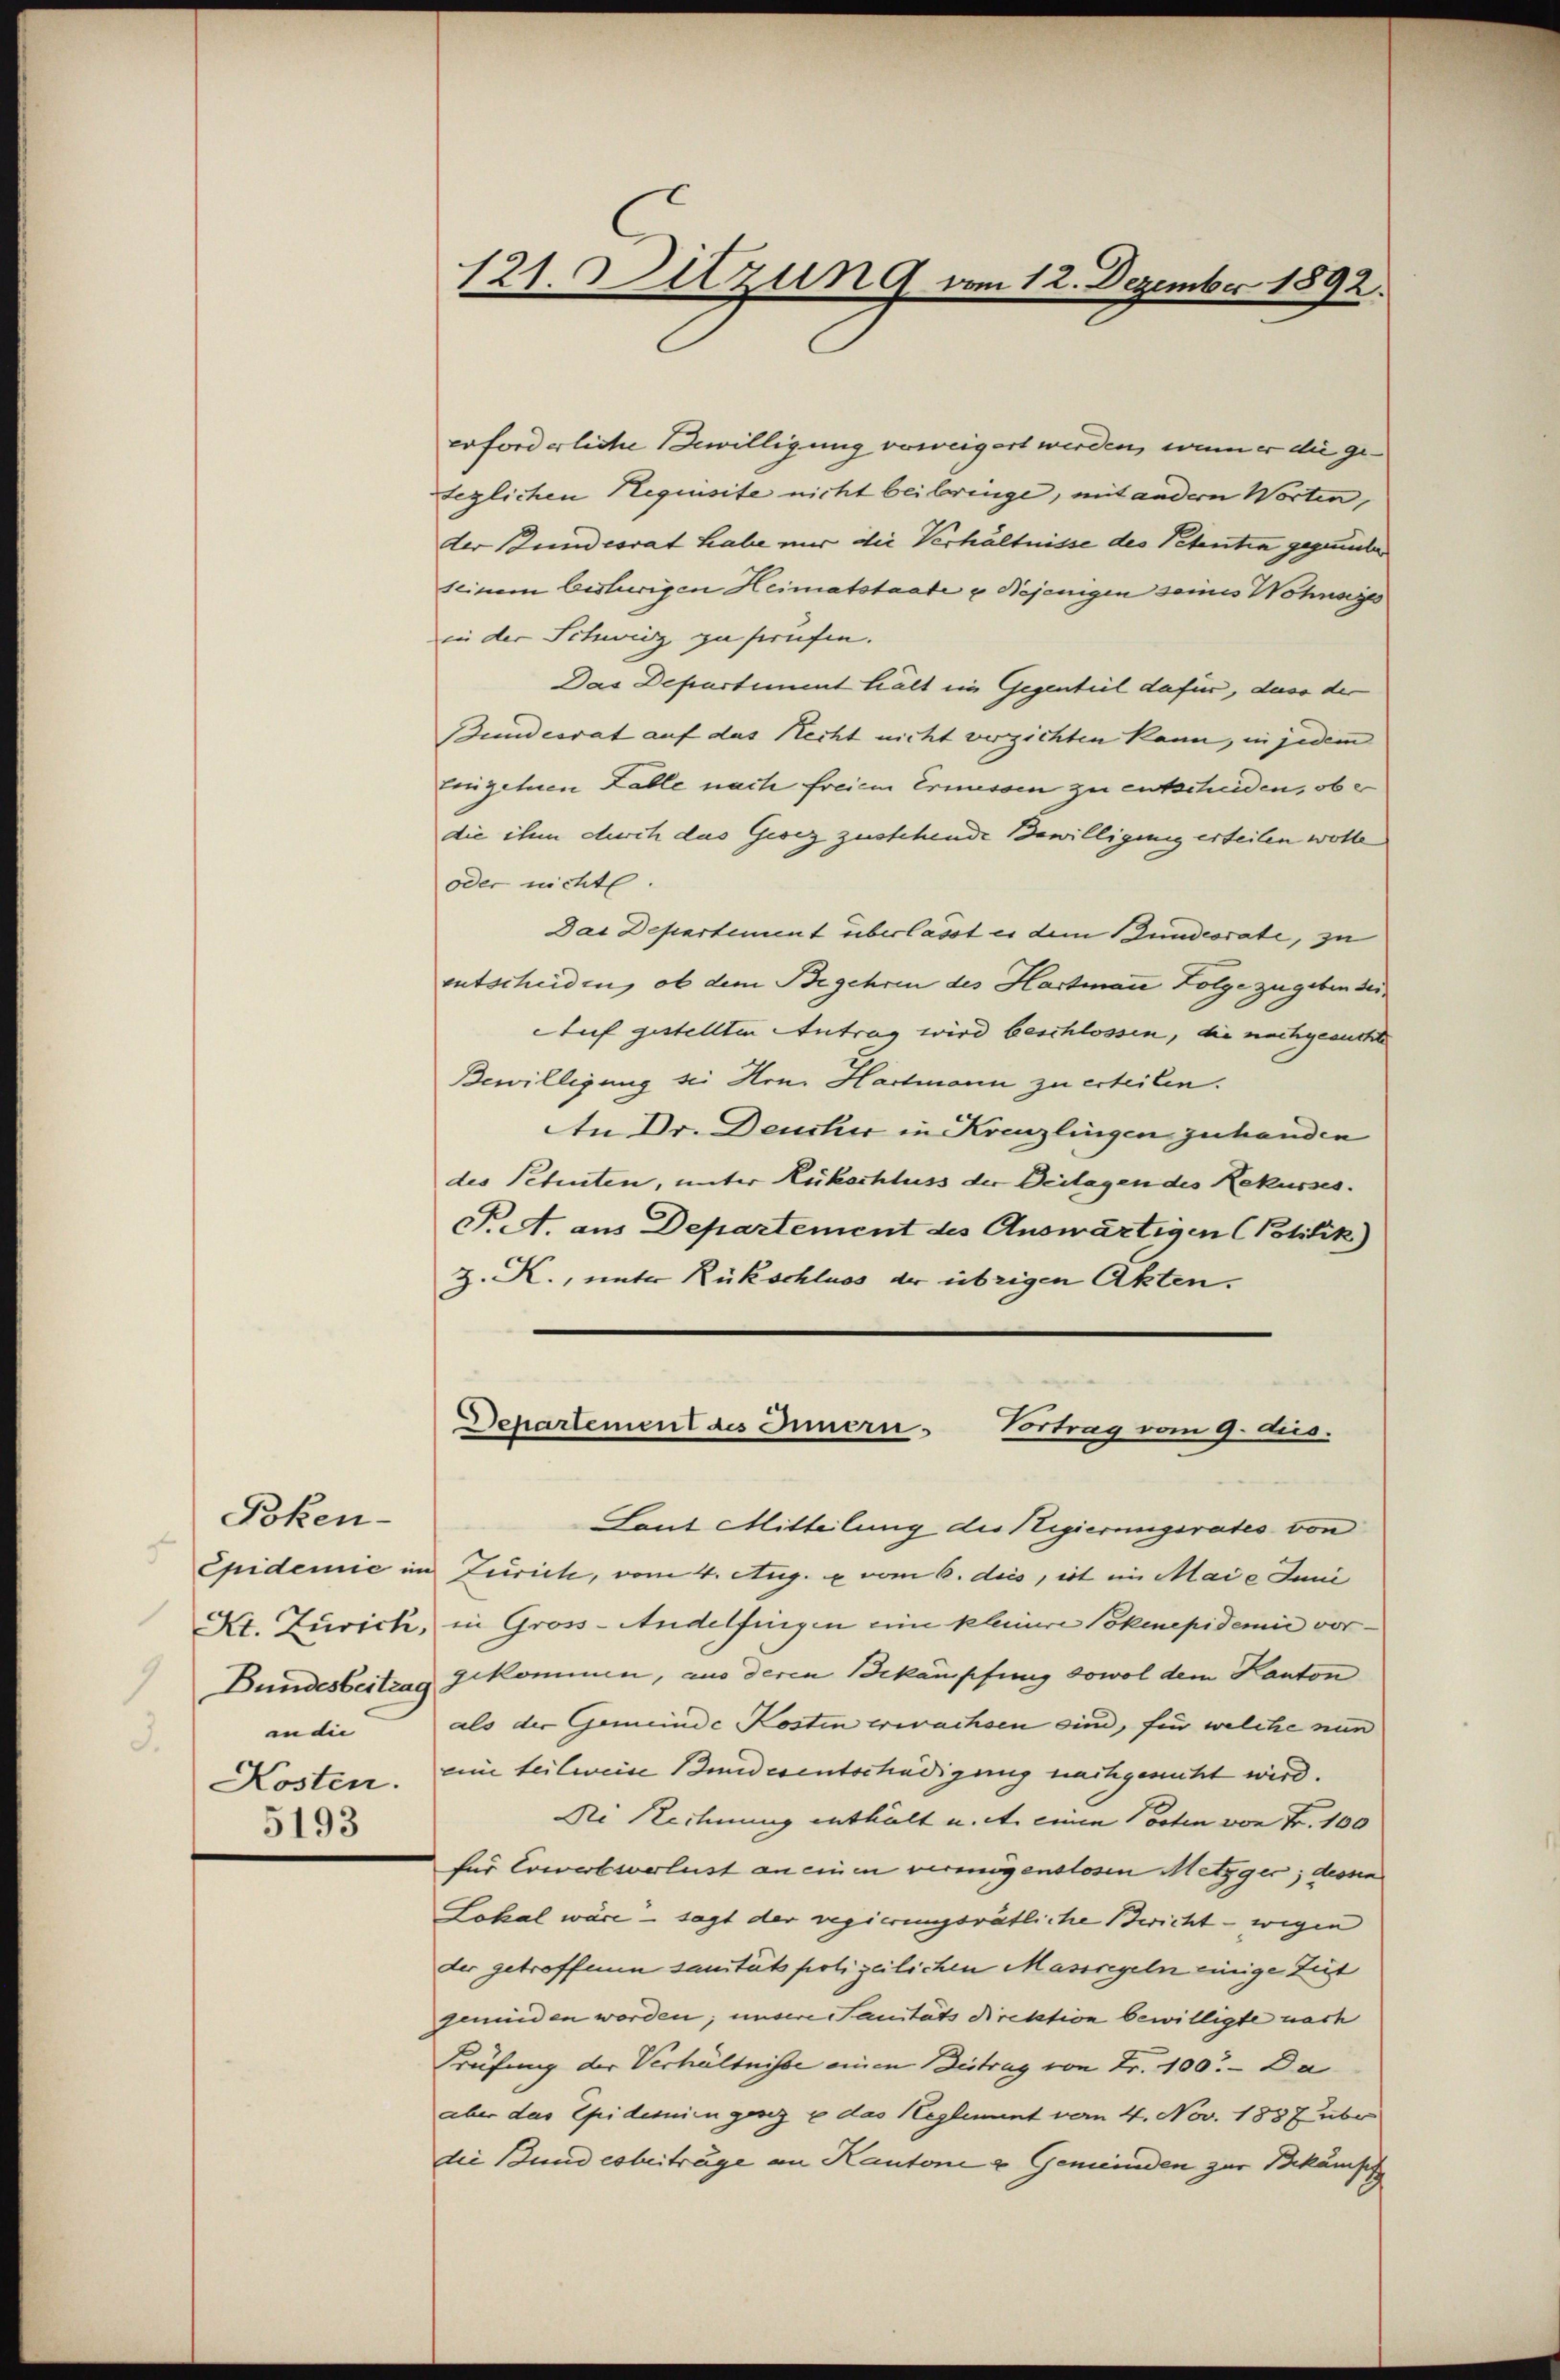
2
an die |
3.
Kosten.
5193

Boken-

121. Sitzung vom 12. Dezember 1892.

erforderliche Bewilligung verweigert werden, wenn er die geteglichen Requisite nicht beibringe, mit andern Worten,
der Bundesrat habe mir die Verhältnisse des Petentia gegender
seinem bisherigen Heimatstaate u Dejenigen seines Wohnsin
in der Schweiz zu strafen.
Das Departement hält ein Gegenheil dafür, dass der
Bundesrat auf das Recht nicht verzichten kann, in jedem
Einzelnen Falle nach freiem Ernissen zu entscheiden, ob e
die ihm durch das Georg zustehende Bewilligung erteilen wolle
oder nicht.
Das Departement überlasst es dem Bundesrate, zu
entscheiden, ob dem Begehren des Hartmann Folge zugeben sei¬
Auf gestellten Antrag wird beschlossen, die nachgesuchte
Bewilligung sei Hrn. Hartmann zu erteilen.
An Dr. Deucher in Kreuzlingen zuhanden
des Petenten, unter Rückschluss der Beilagen des Rekusses.
P.A. aus Departement des Auswärtigen (Politik)
Z. R., unter Rückschluss der übrigen Akten.

Departement des Innern. Vortrag vom 9. dis.

Laut Mitteilung der Regierungsrates von
Epidemie im Zürich, vom 4. Aug. u vom 6. dies, ist im Maie Juni
XI. Zürich, in Gross-Andelfingen eine kleinere Pokenepidemie vor¬
Bundesbeitrag gekommen, aus deren Bekämpfung sowol dem Kanton
als der Gemeinde Kosten erwachsen sind, für welche nun
eine teilweise Bundesentschädigung nachgenutzt wird.
Ni Rechnung enthält u. et. einen Posten von Fr. 100
für Erwerbsverlust an einen vermögenslosen Metzger; dessen
Lokal wäre - sagt der regierungsrätliche Bericht - wegen
der getroffenen sanitäts polizeilichen Massregeln einige Zeit
gemeinden worden; unsere Sanitäts Direktion bewilligte nach
Prüfung der Verhältnisse einen Beitrag von Fr. 100. Da
aber das Epidemien gesez u das Heglement vom 4. Nov. 1887 über
die Bundesbeitrage an Kantone & Gemeinden zur Bekämpf